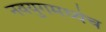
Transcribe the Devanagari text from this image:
नवयुगमध्येच